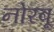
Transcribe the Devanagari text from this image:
नोरबू